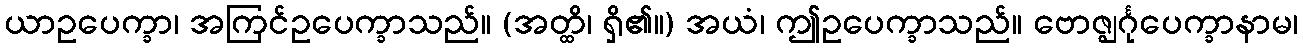
ယာဥပေက္ခာ၊ အကြင်ဥပေက္ခာသည်။ (အတ္ထိ၊ ရှိ၏။) အယံ၊ ဤဥပေက္ခာသည်။ ဗောဇ္ဈင်္ဂုပေက္ခာနာမ၊